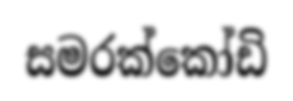
සමරක්කෝඩි